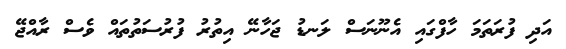
އަދި ފުރަތަމަ ހާފްގައި އެނޫނަސް ލަނޑު ޖަހާނޭ އިތުރު ފުރުސަތުތައް ވެސް ރާއްޖޭ